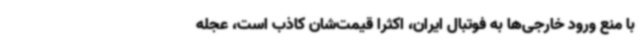
با منع ورود خارجی‌ها به فوتبال ایران، اکثرا قیمت‌شان کاذب است، عجله